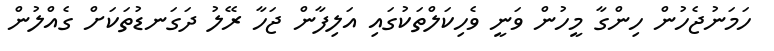
ހަމަނުޖެހުން ހިންގާ މީހުން ވަނީ ވެހިކަލްތަކުގައި އަލިފާން ޖަހާ ރޭލު ދަގަނޑުތަކަށް ގެއްލުން